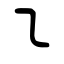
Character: ㇍